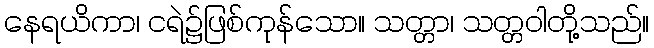
နေရယိကာ၊ ငရဲ၌ဖြစ်ကုန်သော။ သတ္တာ၊ သတ္တဝါတို့သည်။